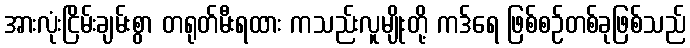
အားလုံးငြိမ်းချမ်းစွာ တရုတ်မီးရထား ကသည်းလူမျိုးတို့ ကဒ်ရေ ဖြစ်စဉ်တစ်ခုဖြစ်သည်